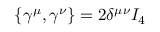
\left\{ \gamma ^ { \mu } , \gamma ^ { \nu } \right\} = 2 \delta ^ { \mu \nu } I _ { 4 }